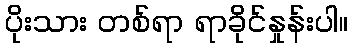
ပိုးသား တစ်ရာ ရာခိုင်နှုန်းပါ။